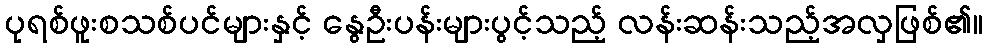
ပုရစ်ဖူးစသစ်ပင်များနှင့် နွေဦးပန်းများပွင့်သည့် လန်းဆန်းသည့်အလှဖြစ်၏။